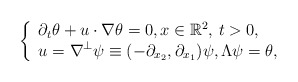
\begin{align*} \left\{\begin{array}{l}\displaystyle \partial_t \theta + u\cdot\nabla \theta =0, x \in \mathbb{R}^2, \, t>0,\\\displaystyle u =\nabla^\perp \psi \equiv (-\partial_{x_2}, \partial_{x_1}) \psi, \Lambda \psi = \theta,\end{array}\right.\end{align*}